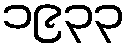
၁၉၃၃